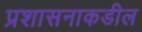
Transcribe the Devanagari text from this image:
प्रशासनाकडील